Newspaper: Lewiston teller. [volume]
Place of publication: Lewiston, North Idaho
Publisher: A. Leland & Son
Date: 1900-06-21 00:00:00
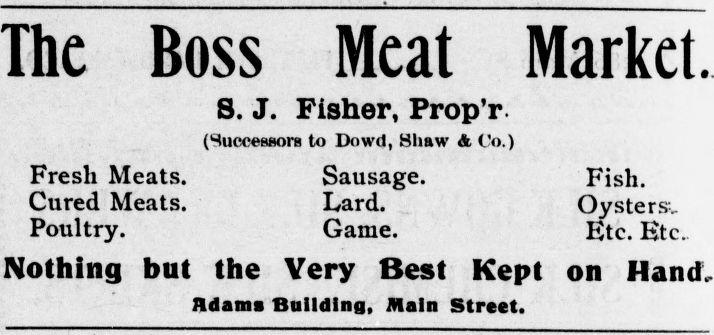
Advertisement text (OCR):
The Boss Meat Market. 8. J. Fisher, Prop'r (Successors to Dowd, 8haw & Uo.) Fresli Meats. Sausage. Fish. Cured Meats. Lard. Oysters. Poultry. Game. Etc. Etc.. Nothing but the Very Best Kept on Hand, ndama Building, Main Street.
Label: text-only